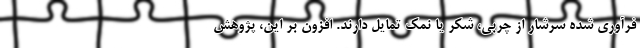
فرآوری شده سرشار از چربی، شکر یا نمک تمایل دارند. افزون بر این، پژوهش